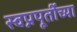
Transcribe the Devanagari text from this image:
स्वप्नपूर्तीच्या